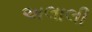
અલાલી